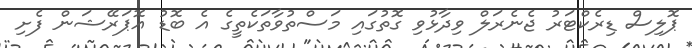
ޕޮލިސް ޑިރެކްޓަރު ޖެނެރަލް ވިދާޅުވި ގޮތުގައި މަސްތުވާތަކެތީގެ އެ ބޮޑު އޮޕަރޭޝަން ފެށި